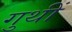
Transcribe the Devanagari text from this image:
गुथीं